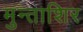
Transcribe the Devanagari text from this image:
मुन्ताशिर